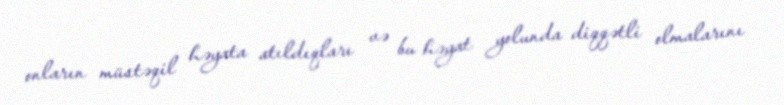
onların müstəqil həyata atıldıqları və bu həyat yolunda diqqətli olmalarını